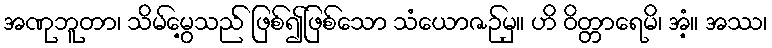
အဏုဘူတာ၊ သိမ်မွေ့သည် ဖြစ်၍ဖြစ်သော သံယောဇဉ်မှ။ ဟိ ဝိတ္တာရေမိ၊ အံ့။ အဿ၊